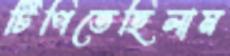
টিপিতেছিলাম